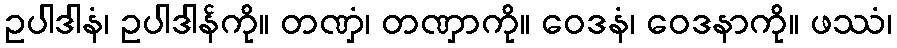
ဥပါဒါနံ၊ ဥပါဒါန်ကို။ တဏှံ၊ တဏှာကို။ ဝေဒနံ၊ ဝေဒနာကို။ ဖဿံ၊